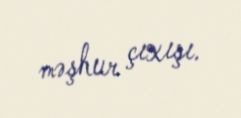
məşhur çıxışı.